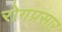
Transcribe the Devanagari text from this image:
रोगप्रसार